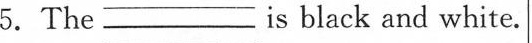
5.The ___ is black and white. is black and white.